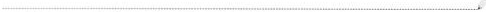
___.